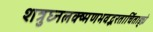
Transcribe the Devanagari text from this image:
शत्रुघ्नलक्ष्मणभवद्भरतार्चिताङ्घ्रे